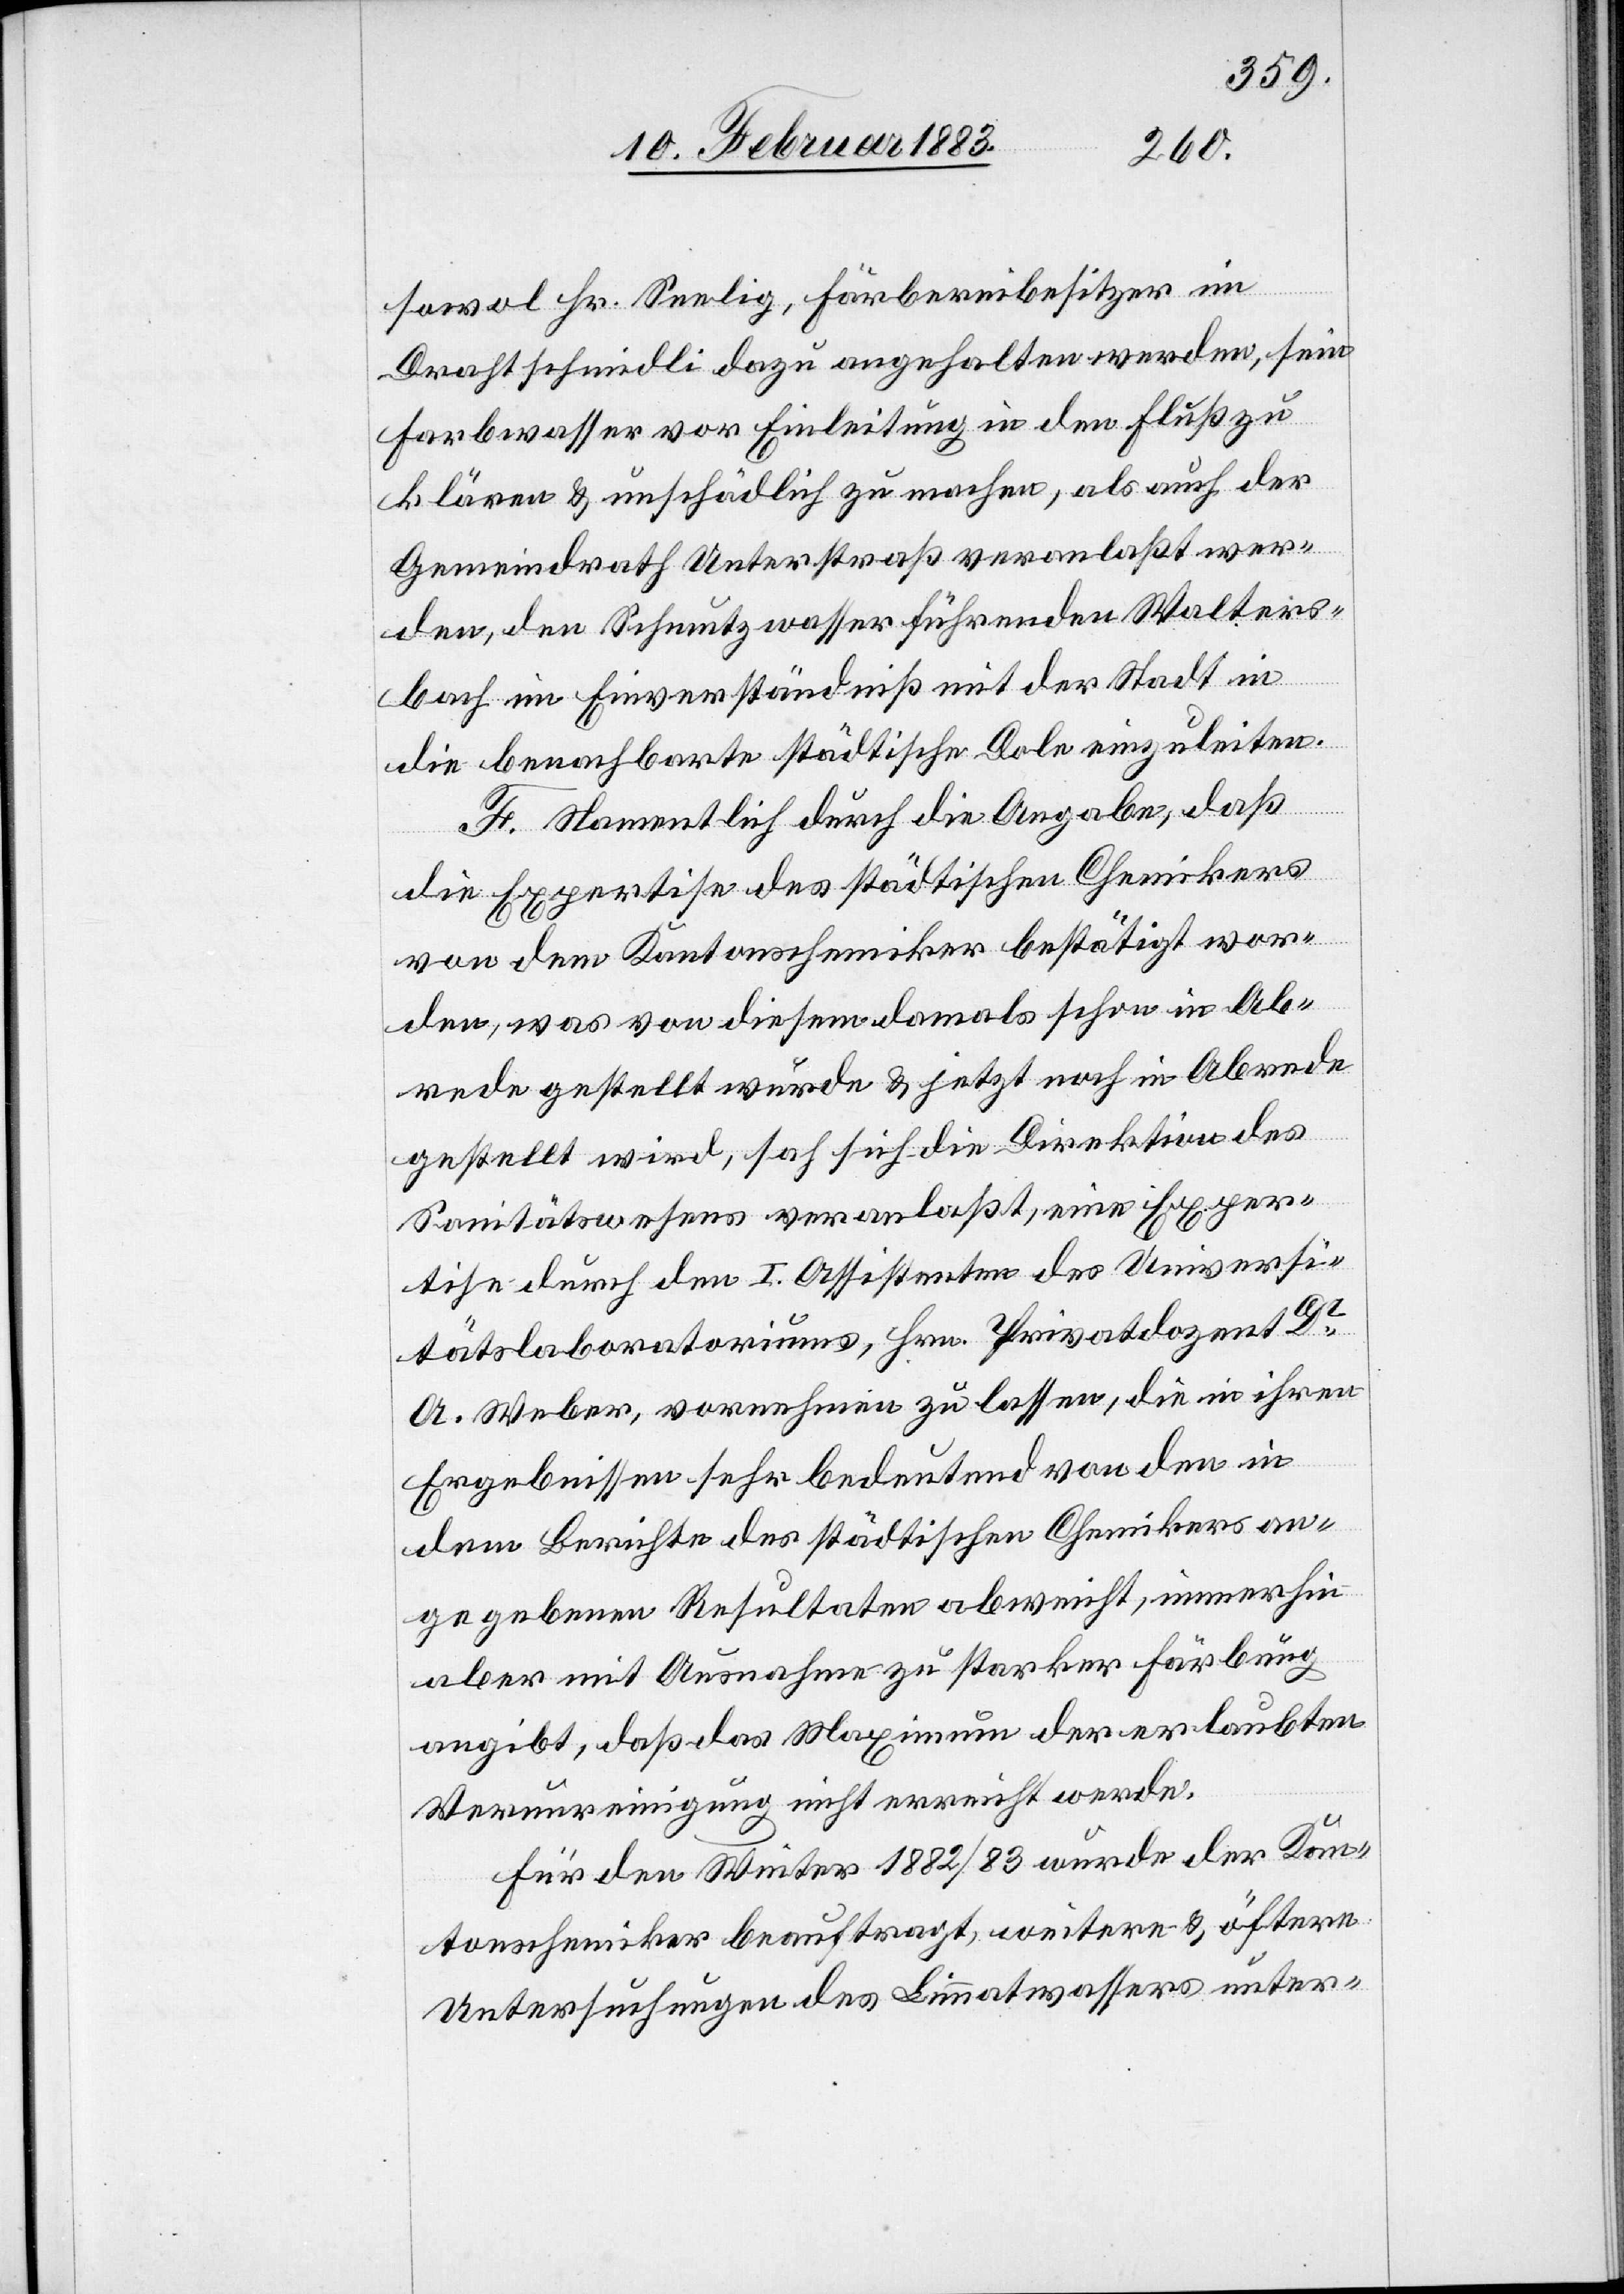
sowol Hr. Seelig, Färbereibesitzer im
Drahtschmidli dazu angehalten werden, sein
Farbwasser vor Einleitung in den Fluß zu
klären & unschädlich zu machen, als auch der
Gemeindrath Unterstraß veranlaßt wer¬
den, den Schmutzwasser führenden Walters¬
bach im Einverständniß mit der Stadt in
die benachbarte städtische Dole einzuleiten.
F. Namentlich durch die Angabe, daß
die Expertise des städtischen Chemikers
von dem Kantonschemiker bestätigt wor¬
den, was von diesem damals schon in Ab¬
rede gestellt wurde, & jetzt noch in Abrede
gestellt wird, sah sich die Direktion des
Sanitätswesens veranlaßt, eine Exper¬
tise durch den I. Assistenten des Universi¬
tätslaboratoriums, Hrn. Privatdozent Dr
A. Weber, vornehmen zu lassen, die in ihren
Ergebnissen sehr bedeutend von den in
dem Berichte des städtischen Chemikers an¬
gegebenen Resultaten abweicht, immerhin
aber mit Ausnahme zu starker Färbung
angibt, daß das Maximum der erlaubten
Verunreinigung nicht erreicht werde.
Für den Winter 1882/83 wurde der Kan¬
tonschemiker beauftragt, weitere & öftere
Untersuchungen des Limmatwassers unter-